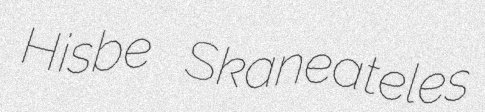
Hisbe Skaneateles